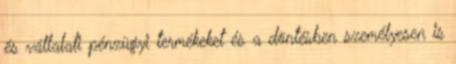
és vállalati pénzügyi termékeket és a döntésben személyesen is